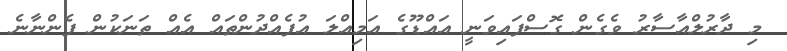
މި ދާރުލްއާސާރު ވެގެން ގޮސްފައިވަނީ އައްޑޫގެ އަމިއްލަ އުފެއްދުންތައް އެއް ތަނަކުން ފެންނާނެ